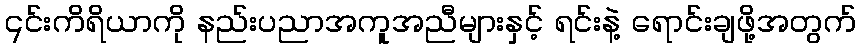
၎င်းကိရိယာကို နည်းပညာအကူအညီများနှင့် ရင်းနဲ့ ရောင်းချဖို့အတွက်